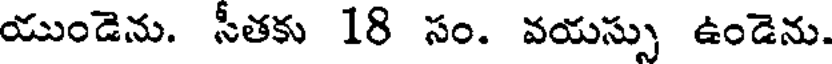
యుండెను. సీతకు 18 సం. వయస్సు ఉండెను.